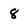
Character: 8